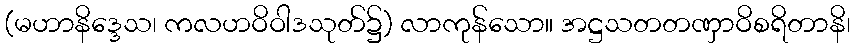
(မဟာနိဒ္ဒေသ၊ ကလဟဝိဝါဒသုတ်၌) လာကုန်သော။ အဋ္ဌသတတဏှာဝိစရိတာနိ၊